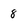
Character: 8